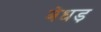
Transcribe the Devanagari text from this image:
बेधड़